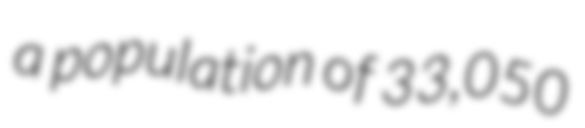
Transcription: a population of 33,050